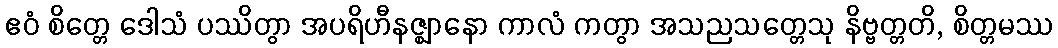
ဧဝံ စိတ္တေ ဒေါသံ ပဿိတွာ အပရိဟီနဇ္ဈာနော ကာလံ ကတွာ အသညသတ္တေသု နိဗ္ဗတ္တတိ, စိတ္တမဿ